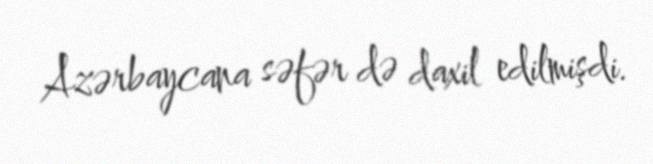
Azərbaycana səfər də daxil edilmişdi.